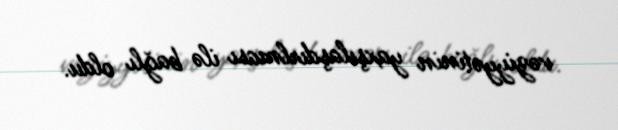
vəziyyətinin yaxşılaşdırlması ilə bağlı oldu.